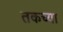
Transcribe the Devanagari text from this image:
तकच्या